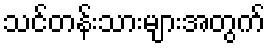
သင်တန်းသားများအတွက်